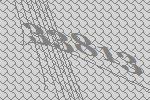
33813